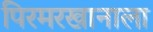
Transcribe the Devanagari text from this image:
पिरमरखानाला